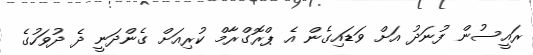
ރައީސުން ފުނަދު އަށް ވަޑައިގެން އެ ޕްރޮގްރާމް ކުރިއަށް ގެންދަނީ ދެ ދުވަހުގެ